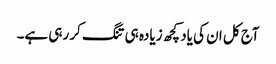
آج کل ان کی یاد کچھ زیادہ ہی تنگ کر رہی ہے۔